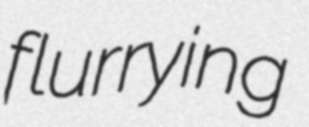
flurrying